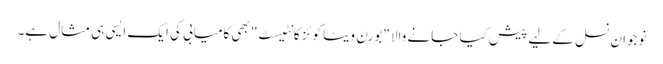
نوجوان نسل کے لیے پیش کیا جانے والا "بورن ویٹا کوئز کانٹیسٹ" بھی کامیابی کی ایک ایسی ہی مثال ہے۔